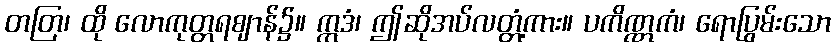
တတြ၊ ထို လောကုတ္တရဈာန်၌။ ဣဒံ၊ ဤဆိုအပ်လတ္တံ့ကား။ ပကိဏ္ဏကံ၊ ရောပြွမ်းသော